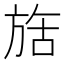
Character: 𬀇